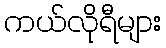
ကယ်လိုရီများ